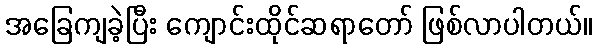
အခြေကျခဲ့ပြီး ကျောင်းထိုင်ဆရာတော် ဖြစ်လာပါတယ်။